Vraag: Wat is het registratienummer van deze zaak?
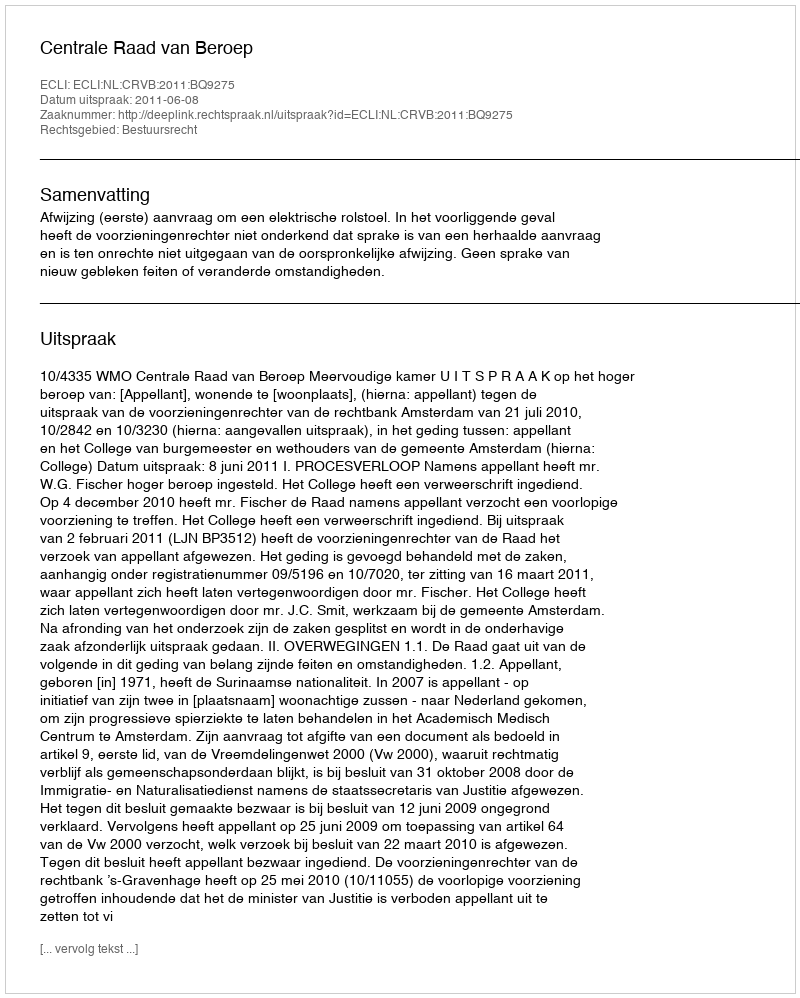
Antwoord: http://deeplink.rechtspraak.nl/uitspraak?id=ECLI:NL:CRVB:2011:BQ9275